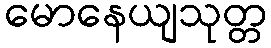
မောနေယျသုတ္တ